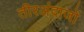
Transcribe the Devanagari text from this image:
तीरअंदाजों